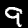
Digit: 9